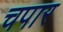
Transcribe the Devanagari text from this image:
चपार